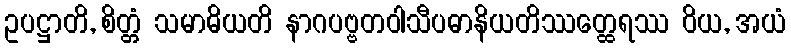
ဥပဋ္ဌာတိ, စိတ္တံ သမာဓိယတိ နာဂပဗ္ဗတဝါသီပဓာနိယတိဿတ္ထေရဿ ဝိယ, အယံ